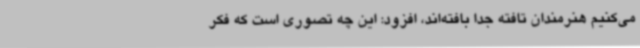
می‌کنیم هنرمندان تافته جدا بافته‌اند، افزود: این چه تصوری است که فکر